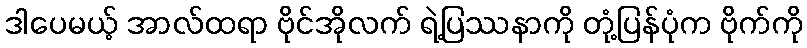
ဒါပေမယ့် အာလ်ထရာ ဗိုင်အိုလက် ရဲ့ပြဿနာကို တုံ့ပြန်ပုံက ဗိုက်ကို